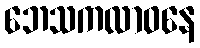
ဘေသကလာဝနေ